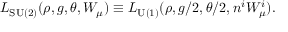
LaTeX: { \cal L } _ { \mathrm { S U ( 2 ) } } ( \rho , g , \theta , W _ { \mu } ) \equiv { \cal L } _ { \mathrm { U ( 1 ) } } ( \rho , g / 2 , \theta / 2 , n ^ { i } W _ { \mu } ^ { i } ) .